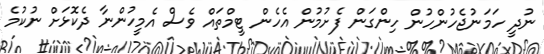
ނުދީ ހަމަނުޖެހުންހުން ހިންގަން ފެށުމުން އެހެން ޓީމްތައް ވެސް އެމީހުންނާ ދެކޮޅަށް ނުކުމެ